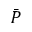
\Bar { P }